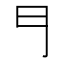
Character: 𠃛